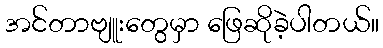
အင်တာဗျူးတွေမှာ ဖြေဆိုခဲ့ပါတယ်။